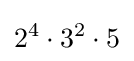
2^{4}\cdot 3^{2}\cdot 5